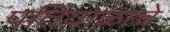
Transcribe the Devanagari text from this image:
पतियाळाचे